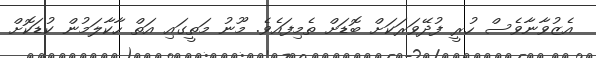
އެޒުވާނާވެސް ހުރީ ފުދޭވަރަކަށް ބޮޑަށް ތެމިފައެވެ. މޫނު މަތީގައި އަތް ހާކާލަމުން ކުޑަކޮށް